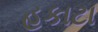
હકાટા